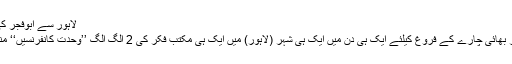
لاہور سے ابوفجر کی رپورٹ
وحدت اور بھائی چارے کے فروغ کیلئے ایک ہی دن میں ایک ہی شہر (لاہور) میں ایک ہی مکتبِ فکر کی 2 الگ الگ ’’وحدت کانفرنسیں‘‘ منعقد ہوئیں۔